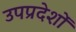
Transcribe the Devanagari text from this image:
उपप्रदेशों